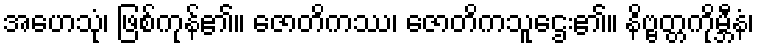
အဟေသုံ၊ ဖြစ်ကုန်၏။ ဇောတိကဿ၊ ဇောတိကသူဌေး၏။ နိဗ္ဗတ္တကိုမ္ဘီနံ၊